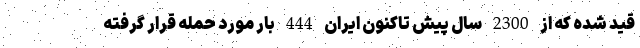
قيد شده كه از 2300 سال پيش تاكنون ايران 444 بار مورد حمله قرار گرفته